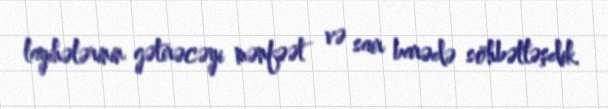
layihələrinin gətirəcəyi mənfəət və sair barədə söhbətləşdik.